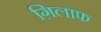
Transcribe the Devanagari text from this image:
ग़िलाफ